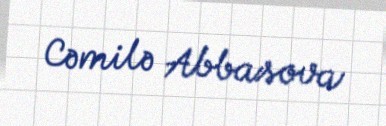
Cəmilə Abbasova